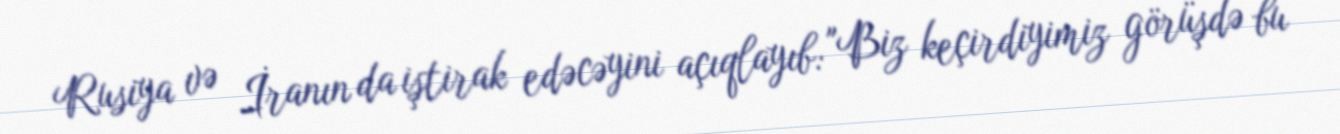
Rusiya və İranın da iştirak edəcəyini açıqlayıb: "Biz keçirdiyimiz görüşdə bu